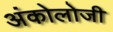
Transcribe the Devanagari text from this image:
अंकोलोजी